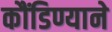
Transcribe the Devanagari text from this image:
कौंडिण्याने